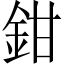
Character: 鉗